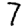
Digit: 7